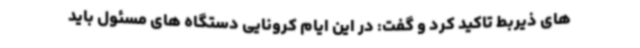
های ذیربط تاکید کرد و گفت: در این ایام کرونایی دستگاه های مسئول باید